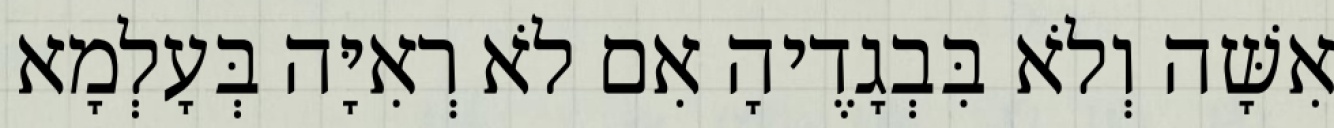
אִשָּׁה וְלֹא בִּבְגָדֶיהָ אִם לֹא רְאִיָּה בְּעָלְמָא